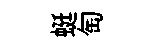
蜓匋